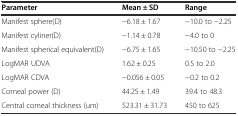
<table><thead><tr><td><b>Parameter</b></td><td><b>Mean ± SD</b></td><td><b>Range</b></td></tr></thead><tbody><tr><td>Manifest sphere(D)</td><td>-6.18 ± 1.67</td><td>-10.0 to -2.25</td></tr><tr><td>Manifest cyliner(D)</td><td>-1.14 ± 0.78</td><td>-4.0 to 0</td></tr><tr><td>Manifest spherical equivalent(D)</td><td>-6.75 ± 1.65</td><td>-10.50 to -2.25</td></tr><tr><td>LogMAR UDVA</td><td>1.62 ± 0.25</td><td>0.5 to 2.0</td></tr><tr><td>LogMAR CDVA</td><td>-0.056 ± 0.05</td><td>-0.2 to 0.2</td></tr><tr><td>Corneal power (D)</td><td>44.25 ± 1.49</td><td>39.4 to 48.3</td></tr><tr><td>Central corneal thickness (um)</td><td>523.31 ± 31.73</td><td>450 to 625</td></tr></tbody></table>